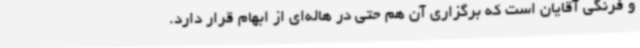
و فرنگی آقایان است که برگزاری آن هم حتی در هاله‌ای از ابهام قرار دارد.